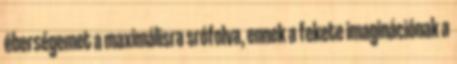
éberségemet a maximálisra srófolva, ennek a fekete imaginációnak a